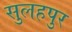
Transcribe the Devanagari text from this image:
सुलहपुर